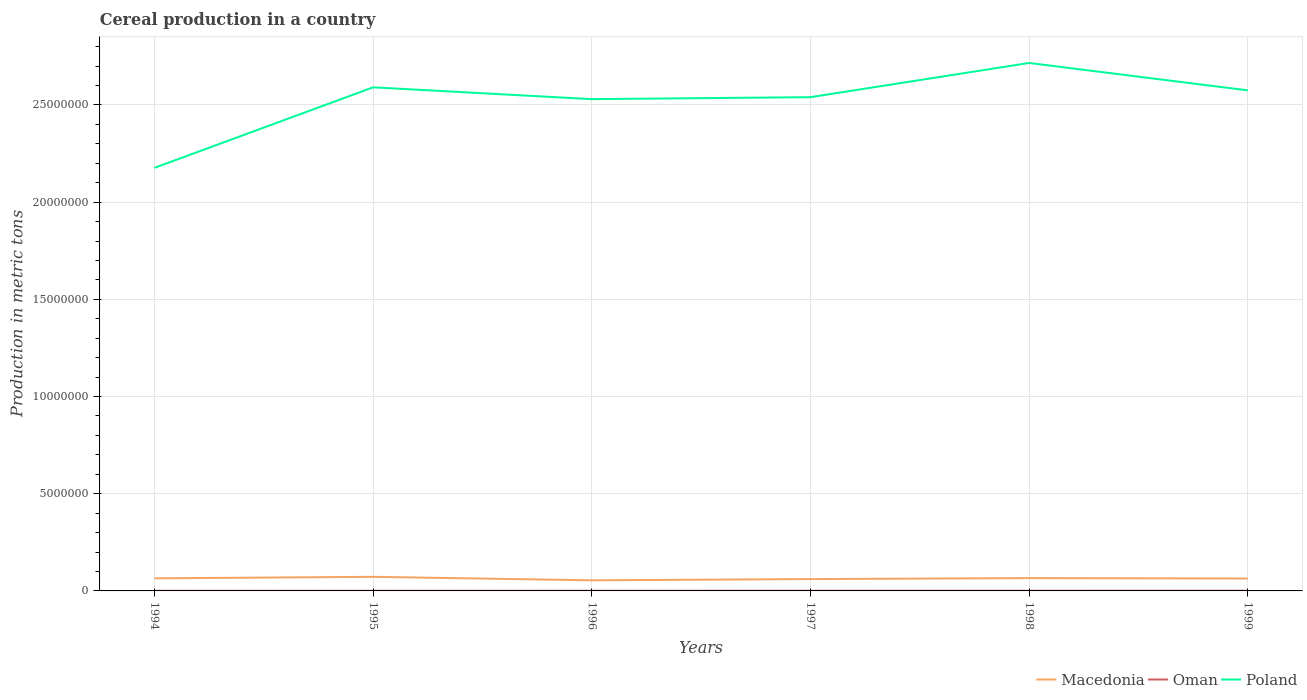
| Years | Macedonia | Oman | Poland |
 | --- | --- | --- | --- |
 | 1994 | 6.48e+05 | 7.14e+03 | 2.18e+07 |
 | 1995 | 7.25e+05 | 8e+03 | 2.59e+07 |
 | 1996 | 5.46e+05 | 8.76e+03 | 2.53e+07 |
 | 1997 | 6.1e+05 | 9.45e+03 | 2.54e+07 |
 | 1998 | 6.6e+05 | 9.7e+03 | 2.72e+07 |
 | 1999 | 6.38e+05 | 1.07e+04 | 2.58e+07 |